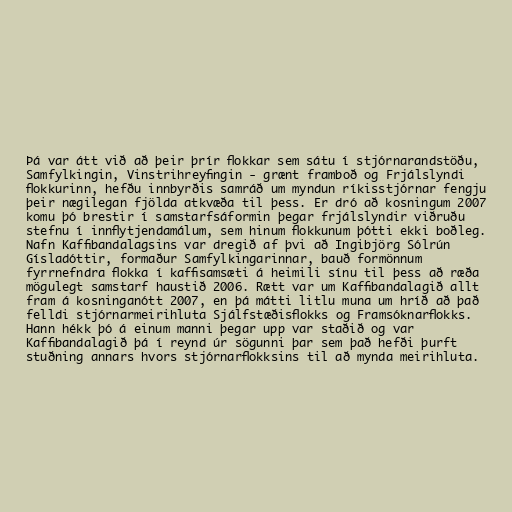
Þá var átt við að þeir þrír flokkar sem sátu í stjórnarandstöðu,
Samfylkingin, Vinstrihreyfingin - grænt framboð og Frjálslyndi
flokkurinn, hefðu innbyrðis samráð um myndun ríkisstjórnar fengju
þeir nægilegan fjölda atkvæða til þess. Er dró að kosningum 2007
komu þó brestir í samstarfsáformin þegar frjálslyndir viðruðu
stefnu í innflytjendamálum, sem hinum flokkunum þótti ekki boðleg.
Nafn Kaffibandalagsins var dregið af þvi að Ingibjörg Sólrún
Gísladóttir, formaður Samfylkingarinnar, bauð formönnum
fyrrnefndra flokka í kaffisamsæti á heimili sínu til þess að ræða
mögulegt samstarf haustið 2006. Rætt var um Kaffibandalagið allt
fram á kosninganótt 2007, en þá mátti litlu muna um hríð að það
felldi stjórnarmeirihluta Sjálfstæðisflokks og Framsóknarflokks.
Hann hékk þó á einum manni þegar upp var staðið og var
Kaffibandalagið þá í reynd úr sögunni þar sem það hefði þurft
stuðning annars hvors stjórnarflokksins til að mynda meirihluta.